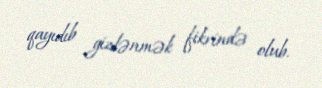
qayıdıb gizlənmək fikrində olub.